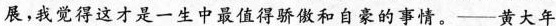
展，我觉得这才是一生中最值得骄傲和自豪的事情。——黄大年